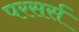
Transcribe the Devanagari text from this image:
परसर्स